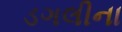
ડગલીના